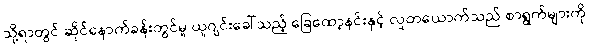
သို့ရာတွင် ဆိုင်နောက်ခန်းတွင်မူ ယူဂျင်းခေါ်သည့် ခြေထော့နင်းနှင့် လူတယောက်သည် စာရွက်များကို